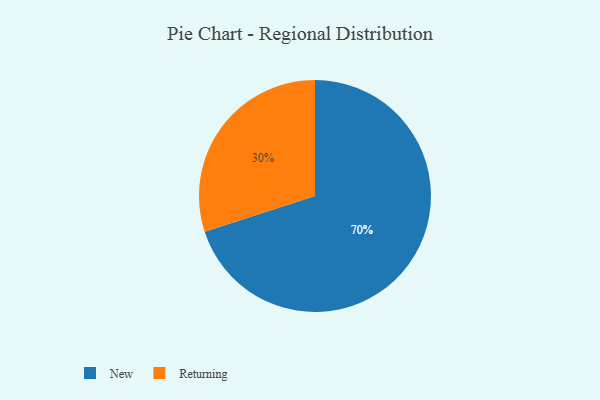
{"axis": {"x": "Category", "y": "Percentage"}, "legend": ["New", "Returning"], "data": [{"x": "Returning", "y": 30, "type": "Returning"}, {"x": "New", "y": 70, "type": "New"}]}